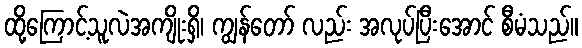
ထို့ကြောင့်သူလဲအကျိုးရှိ၊ ကျွန်တော် လည်း အလုပ်ပြီးအောင် စီမံသည်။